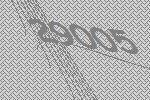
29005